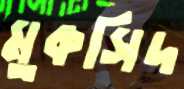
মুকসিদ